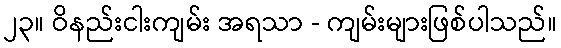
၂၃။ ဝိနည်းငါးကျမ်း အရသာ - ကျမ်းများဖြစ်ပါသည်။